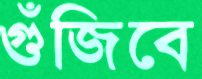
গুঁজিবে